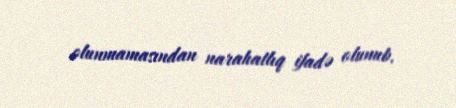
olunmamasından narahatlıq ifadə olunub.